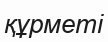
құрметі